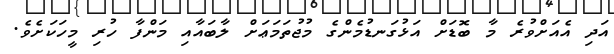
އަދި އެއަށްވުރެ މާ ބޮޑަށް އަޅުގަނޑުމެންގެ މުޖުތަމަޢަށް ލާބައާއި މަންފާ ހުރި މީހަކަށެވެ.